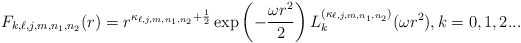
\begin{align*}F_{k,\ell,j,m,n_1,n_2}(r)=r^{\kappa _{\ell,j,m,n_1,n_2}+\frac{1}{2}}\exp \left(-\frac{\omega r^{2}}{2}\right)L_{k}^{(\kappa _{\ell,j,m,n_1,n_2})}(\omega r^{2}),k=0,1,2... \ \end{align*}